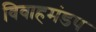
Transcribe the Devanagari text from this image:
विवाहमंडप